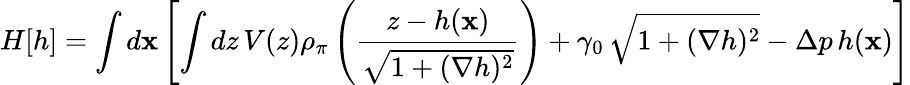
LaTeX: H[h]=\int d{\mathbf x}\left[\int dz\, V(z)\rho_{\pi}\left(\frac{z-h({\mathbf x})}{\sqrt{1+(\nabla h)^{2}}}\right)+\gamma_{0}\, \sqrt{1+(\nabla h)^{2}}-\Delta p\, h({\mathbf x})\right]